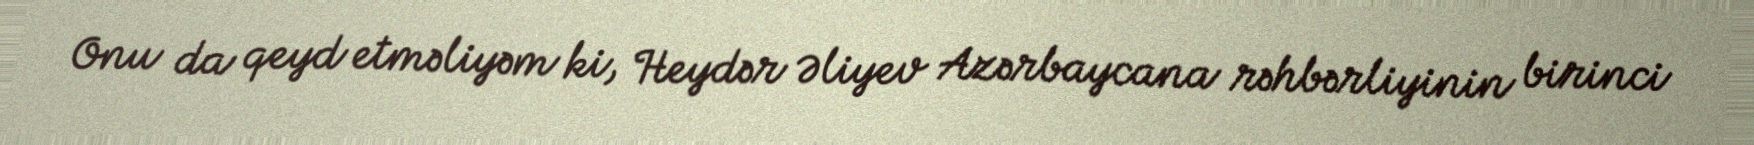
Onu da qeyd etməliyəm ki, Heydər Əliyev Azərbaycana rəhbərliyinin birinci